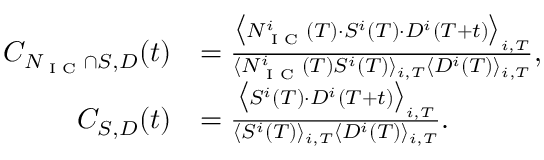
\begin{array} { r l } { C _ { N _ { \textrm { I C } } \cap S , D } ( t ) } & { = \frac { \big \langle N _ { \textrm { I C } } ^ { i } ( T ) \cdot S ^ { i } ( T ) \cdot D ^ { i } ( T + t ) \big \rangle _ { i , T } } { { \langle N _ { \textrm { I C } } ^ { i } ( T ) S ^ { i } ( T ) \rangle _ { i , T } \langle D ^ { i } ( T ) \rangle _ { i , T } } } , } \\ { C _ { S , D } ( t ) } & { = \frac { \big \langle S ^ { i } ( T ) \cdot D ^ { i } ( T + t ) \big \rangle _ { i , T } } { \langle S ^ { i } ( T ) \rangle _ { i , T } \langle D ^ { i } ( T ) \rangle _ { i , T } } . } \end{array}